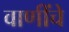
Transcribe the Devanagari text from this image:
वाणींचे